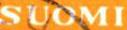
SUOMI